Vaccination in the Punjab 1897-1904 - 1897-1904
Year: 1897
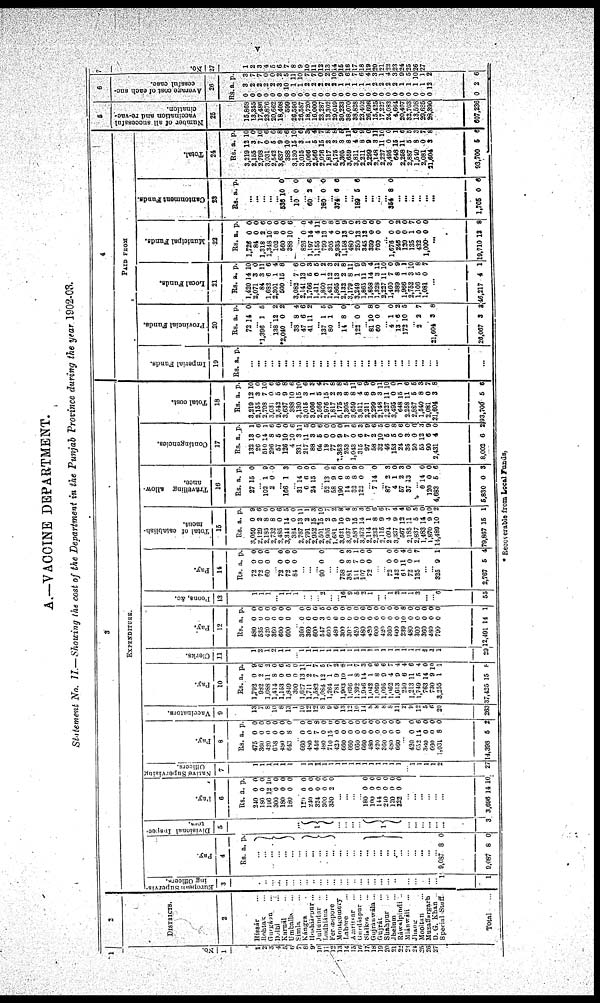
v
A.—VACCINE DEPARTMENT.
Statement No. II—Showing the cost of the Department in the Punjab Province during the year 1902-03.
1
No.
1
1
2
3
4
5
6
7
8
9
10
11 12
13
14
15
16
17
18
19
20
21
22
23
24
25
26
27
2
DISTRICTS.
2
Hissár ...
Rohtak ...
Gurgáon ...
Delhi ...
Karnál ...
Umballa ...
Simla ...
Kángra ...
Hoshiárpur ...
Jullundur ...
Ludhiana ...
Ferozepore ...
Montgomery ...
Lahore ...
Amritsar ...
Gurdáspur ...
Sialkot ...
Gujránwála ...
Gujrát ...
Shahpur ...
Jhelum ...
Ráwalpindi ...
Miánwáli ...
Jhang ...
Mooltan ...
Muzaffargarh ...
D. G. Khan ...
Special Staff ...
Total ...
3
EXPENDITURE.
European Supervis-
ing Officers.
3
...
...
...
...
...
...
...
...
...
...
...
...
...
...
...
...
...
...
...
...
...
...
...
...
...
...
... 1
1
Pay.
4
Rs. a. p.
...
...
...
... ... ...
...
...
...
...
...
...
...
...
... ...
...
...
...
...
...
...
...
... ...
...
... 9,087
9,087
8
8
0
0
Divisional Inspec-
tors.
5
...
1
...
...
...
...
1
...
...
...
...
...
3
Pay.
6
Rs.
240
180
196
300
180
180
a.
0
0
12
0
0
0
p.
0
0
10
0
0
0
... 120
240
324
300
330
0
0
0
0
2
0
0
0
0
0
...
...
...
... 180
100
144
240
120
322
0
0
0
0
0
0
0
0
0
0
0
0
...
...
...
...
...
3,696 14 10
Native Supervising
Officers.
7
1
1
1
1
1
1
...
1
1
1
1
1
1
1
1
1
1
1
1
1
1
1
...
1
1
1
1 2
27
Pay.
8
Rs.
475
360
420
648
480
643
a.
0
0
0
0
0
8
p.
0
0
0
0
0
0
... 660
480
446
480
710
420
660
660
660
660
480
420
360
480
660
0
0
7
0
15
0
0
0
0
0
0
0
0
0
0
0
0
8 0
0
0
0
0
0
0
0
0
0
0
0
... 420
652
360
660
1,031
14,398
0
14
0
0
8
5
0
6
0
0
0
2
Vaccinators.
9
13
7
8
10
8
13
1
10
12
12
8
9
6
13
12
10
14
8
8
8
8
11
2
9
12
5
6
20
263
Pay.
10
Rs.
1,792
982
1,088
1,414
1,153
1,849
300
1,627
1,711
1,582
1,084
1,264
781
1,903
1,696
1,392
1,946
1,042
1,069
1,095
1,062
1,613
259
1,213
1,749
763
730
3,255
37,425
a.
0
2
11 8
0
6
0
13
2
7
12
1
9
10
1
8
14
1
8
9
4
9
6
11
5
14
9
1
15
p.
9
6
2
0
6
5
0
11
1
7
5
7
2
8 1
7
3
0
6
6
7
4
4
6
4
0
10
1
8
Clerks.
11
1
2
1
2
1
1
...
1
1
1
1
1
1
1
1
1
1
1
1
1
1
1
1
1
1
1
1
1
29
Pay.
12
Rs.
480
535
420
360
600
600
a.
0
0
0
0
0
0
p.
0
0
0
0
0
0
... 360
360
600
547
600
480
300
300
420
480
420
600
420
360
600
239
480
300
360
480
790
12,491
0
0
0
3
0
0 0
0
0
0
0
0
0
0
0
10
0
0
0
0
0
14
0
0
0
5
0
0
0
0
0
0
0
0
0
0
0
8
0
0
0
0
0
1
Peons, &c.
13
1
1
1
... 1
1
...
1
1
1 2
...
... 16
9
5
2
1
...
... 1
2
1
1
3
...
... 6
55
Pay.
14
Rs.
72
72
60
a.
0
0
0
p.
0
0
0
... 73
72
84
0
0
0
0
0
0
...
...
... 90 0 0
...
... 758
381
411
107
72
0
8
7
0
0
0
3
1
0
0
...
... 72
142
68
72
135
0
0
11
0
1
0
0
4
0
7
...
... 325
2,767
9
5
1
4
Total of establish¬
ment.
15
Rs
3,059
2,129
2,185
2,732
2,485
3,344
384
2,767
2,791
2,952
2,501
2,905
1,681
3,621
3,037
2,583
3,373
2,114
2,233
2,115
2,094
3,337
567
2,185
2,837
1,483
1,870
14,489
79,867
a.
0
2
8
8
0
14
0
13
2
15
15
2
9
10
9
15
14
1
8
9
4
9
12
11
5
14
9
10
15
p.
9
6
0
0
6
5
0
11
1
3
10
7
2
8
4
8
3
0
6
6
7
4
4
6
5
0
10
2
1
Travelling allow-
ance.
16
Rs.
27
a.
15
p.
0
... 102
2
1
0
9
0
... 166 1 3
... 31
6
24
14
6
15
0
0
0
... 52
58
190
14
32
122
13
9
0
8
8
0
0
6
0
0
9
0
... 7 14 0
... 87
4
57
37
2
1
2
13
3
0
3
0
... 0
120
4,683
5,830
14
0
5
0
0
0
6
3
Contingencies.
17
Rs.
132
26
510
296
57
126
4
331
217
88
64
19
77
1,363
253
1,043
315
97
58
32
46
153
24
35
50
55
90
2,431
8,002
a.
13
0
14
8
5
10
10
3
11
3
5
0
0
9
7
0
6
7
2
10
5
5
0
3
0
12
6
4
6
p.
1
6
1
6
0
0
6
11
5
0
6
0
0
0
1
6
3
9
6
5
0
8
6
0
0
3
9
0
2
Total cost.
18
Rs.
3,219
2,155
2,798
3,031
2,542
3,637
388
3,130
3,015
3,066
2,566
2,976
1,817
5,175
3,305
3,659
3,811
2,211
2,299
2,148
2,227
3,495
648
2,258
2,887
1,540
2,081
21,604
93,700
a.
12
3
7
0
5
9
10
15
3
1
5
15
2
3
8
8
4
8
9
3
11
0
15
11
5
8
0
3
5
p.
10
0
10
6
6
8
6
10
6
3 4
7
8
8
5
11
6
9
0
11
10
0
1
6
5
3
7
8
6
4
PAID FROM
Imperial Funds.
19
Rs. a. p.
...
...
...
...
...
...
...
...
...
...
... ...
...
...
...
...
...
...
...
...
...
...
...
...
...
...
...
...
...
Provincial Funds.
20
Rs.
72
a.
14
p.
0
... 1,396 1 5
... 138
*2,040
12
0
2
2
...
38
47
41
8
6
11
4
6
2
...
137
80
1
1
5
9
...
14 8 0
... 122
... 81
60
0
10
0
0
8
0
... 4
13
172
1
6
10
0
2
5
... 2 2 7
... 21,604
26,067
3
3
8
3
Local Funds.
21
Rs.
1,420
2,071
84
1,682
2,301
500
a.
14
3
3
6
1
15
p.
10
0
11
6
4
8
... 3,082
2,141
1,766
1,411
1,860
1,431
1,865
2,132
3,179
3,249
1,865
1,858
1,328
2,227
1,460
389
1,966
2,752
1,106
1,081
7
13
5
0
1
12
13
2
8
1
11
14
3
11
7
8
1
3
5
0
6
0
3
5
2
3
2
8
11
9
9
4
11
10
0
9
1
10
8
7
...
46,217 4 1
Municipal Funds.
22
Rs.
1,726
84
1,318
1,348
102
560
388
a.
0
0
2
10
8
0
10
p.
0
0
6
0 0
0
6
... 826
1,197
1,155
799
305
2,935
1,158
480
250
345
359
760
0
14
4
13
4
0
13
0
13
13
0
0
0
4
11
0
8
0
9
0
3
0
0
0
... 1,676
246
120
135
432
1,000
0
0
0
1
0
0
0
2
0
7
0
0
...
19,710 13 8
Cantonment Funds.
23
Rs. a. p.
...
...
...
... ...
536 10 0
... 10 0 0
... 60 2 6
...
180 0 0
... 374 6 6
...
...
189 5 6
...
...
... ...
354 8 0
... ...
...
...
...
...
1,705 0 6
Total.
24
Rs.
3,219
2,155
2,798
3,031
2,542
3,637
388
3,130
3,015
3,066
2,566
2,976
1,817
5,175
3,305
3,659
3,811
2,211
2,299
2,148
2,227
3,495
648
2,258
2,887
1,540
2,081
21,604
93,700
a.
12
3
7
0
5
9
10
15
3
1
5
15
2
3
8
8
4
8
9
3
11
0
15
11
5
8
0
3
5
p.
10
0
10
6
6
8
6
10
6
3
4
7
8
8
5
11
6
9
0
11
10
0
1
6
5
3
7
8
6
5
Number of all successful
vaccination and re-vac¬
cination.
25
15,868
13,355
17,486
23,876
20,662
18,408
599
26,596
26,587
18,720
16,000
23,287
13,302
29,049
30,233
38,070
38,828
23,402
26,696
15,425
17,227
24,083
4,664
20,467
32,763
13,508
29,685
28,390
607,236
6
Average cost of each suc-
cessful case.
26
Rs.
0
0
0
0
0
0
0
0
0
0
0
0
0
0
0
0
0
0
0
0
0
0
0
0
0
0
0
0
0
a.
3
2
2
2
2
3
10
1
1
2
2
2
2
2
1
1
1
1
1
2
2
2
2
1
1
1
1
12
2
p.
3
7
7
0
0
2
5
11
10
7
7
0
2 10
9
6
7
6
4
3
1
4
3
9
5
10
1
2
6
7
No.
27
1
2
3
4
5
6
7
8
9
10
11
12
13
14
15
16
17
18
19
20
21
22
23
24
25
26
27
* Recoverable from Local Funds.